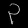
Digit: ၃